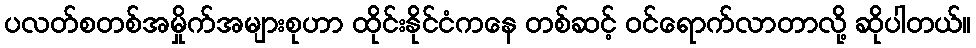
ပလတ်စတစ်အမှိုက်အများစုဟာ ထိုင်းနိုင်ငံကနေ တစ်ဆင့် ဝင်ရောက်လာတာလို့ ဆိုပါတယ်။